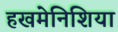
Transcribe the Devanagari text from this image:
हखमेनिशिया